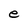
Character: e